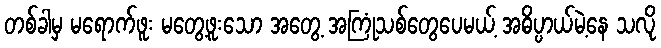
တစ်ခါမှ မရောက်ဖူး မတွေ့ဖူးသော အတွေ့ အကြုံသစ်တွေပေမယ့် အဓိပ္ပာယ်မဲ့နေ သလို